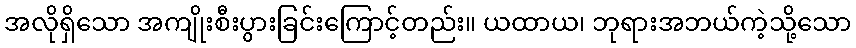
အလိုရှိသော အကျိုးစီးပွားခြင်းကြောင့်တည်း။ ယထာယ၊ ဘုရားအဘယ်ကဲ့သို့သော